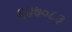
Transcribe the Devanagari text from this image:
६४७०८३